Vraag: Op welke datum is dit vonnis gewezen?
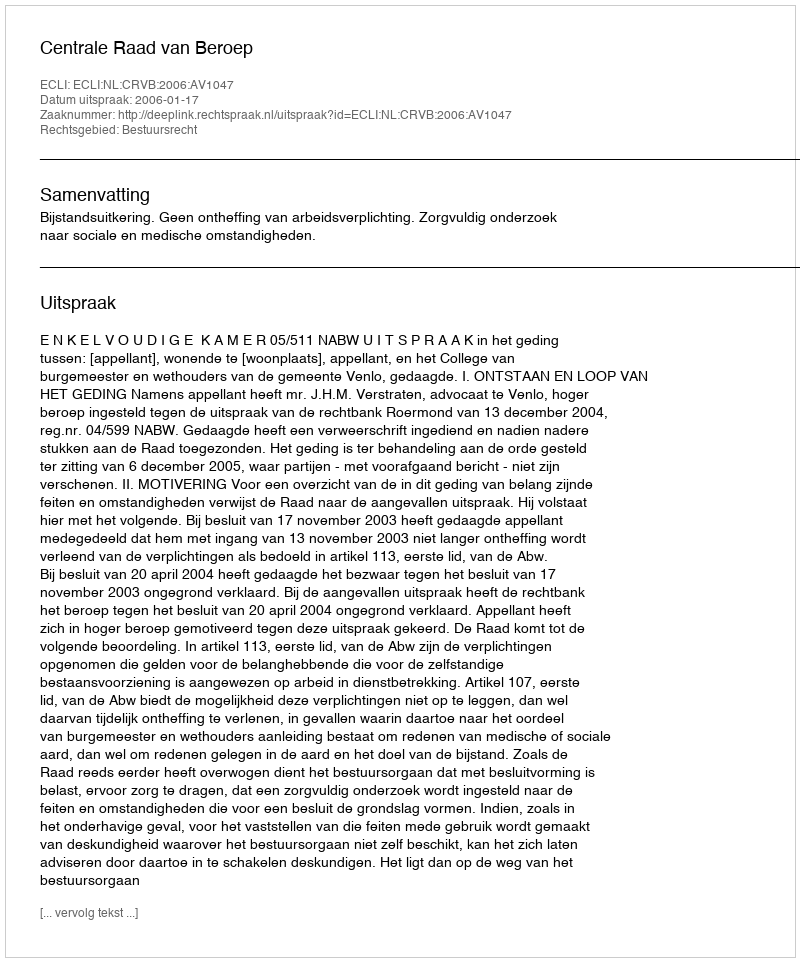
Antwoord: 2006-01-17